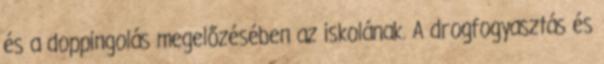
és a doppingolás megelőzésében az iskolának. A drogfogyasztás és